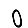
Digit: 0